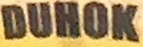
DUHOK